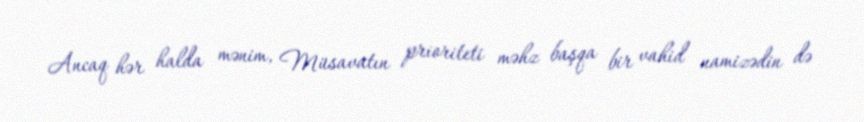
Ancaq hər halda mənim, Müsavatın prioriteti məhz başqa bir vahid namizədin də